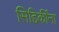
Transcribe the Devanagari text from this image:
सिद्दिकींना